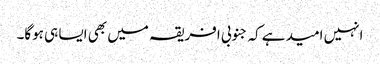
انہیں امید ہے کہ جنوبی افریقہ میں بھی ایسا ہی ہوگا۔